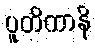
ပူတိကာနိ